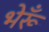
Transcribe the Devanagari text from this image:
भेरूँ